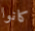
كانوا